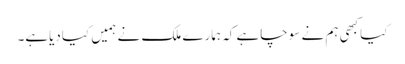
کیاکبھی ہم نے سوچاہے کہ ہمارے ملک نے ہمیں کیادیاہے۔